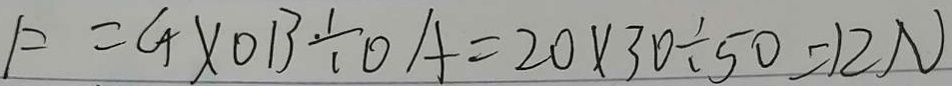
F = G \times O B \div O A = 2 0 \times 3 0 \div 5 0 = 1 2 N